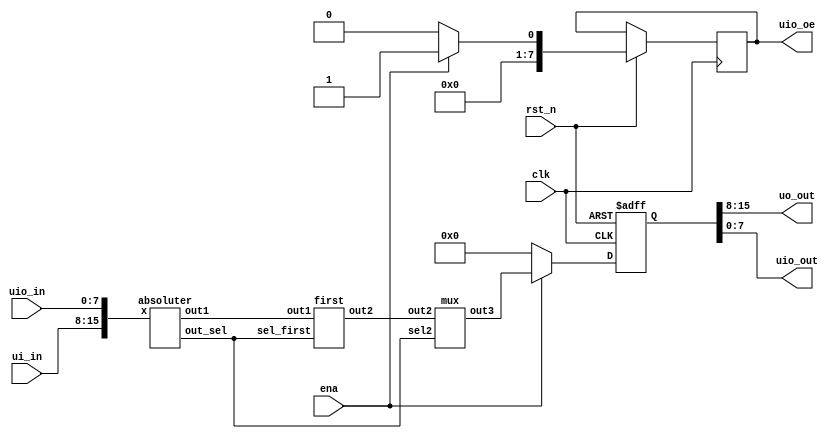

module tt_um_alipi_aprox_sigmoid (
    input  wire [7:0] ui_in,    // Dedicated inputs
    output wire [7:0] uo_out,   // Dedicated outputs
    input  wire [7:0] uio_in,   // IOs: Input path
    output wire [7:0] uio_out,  // IOs: Output path
    output wire [7:0] uio_oe,   // IOs: Enable path (active high: 0=input, 1=output)
    input  wire       ena,      // will go high when the design is enabled
    input  wire       clk,      // clock
    input  wire       rst_n     // reset_n - low to reset
);  

        wire [15:0] X = {ui_in,uio_in};
 
        
        reg [15:0] y;
        reg [7:0] z;



        wire [15:0] out1x;
 
        wire [15:0] out2x;
        wire [15:0] out3x;
        wire out_selx;
        
        absoluter a1 ( .x(X), .out1(out1x), .out_sel(out_selx) );
        first u1 (.out1(out1x),.sel_first(out_selx) ,.out2(out2x));
        mux u2 (.sel2(out_selx), .out2(out2x) ,.out3(out3x));


    always@(posedge clk or negedge rst_n)begin
        if(!rst_n)begin
            y <= 0;    
        end

        else begin
            if(ena ) begin y <= out3x; z<=1;end
            
            else begin y<= 0; z<=0;end
        end
    end

    
   
        assign uo_out = y[15:8];
        assign uio_out = y[7:0];
        assign uio_oe = z;

        

 

endmodule


module absoluter(input wire [15:0] x, output wire [15:0] out1, output wire out_sel);
    reg [15:0] x_1;
    reg [15:0] x_2;
    reg sel1;
    always@* begin
        if (x[15] == 1'b0)begin
            sel1 = 1'b1;
        end 

        else begin
            sel1 = 1'b0;
        end

        x_1 = x - 16'b00000001_00000000;
        x_2 = {~ x_1[15:8],x_1[7:0]};
    end
    assign out1 = sel1? x:x_2;
    assign out_sel = sel1;
endmodule

module first (input wire [15:0] out1, input wire sel_first, output wire [15:0] out2);

    reg [15:0] d;

    reg [15:0] f;
    reg [15:0] g;
    reg [15:0] h;

    // Calculate the value of x[15:8] outside the array indexing
 
    
    

    always @* begin
  
        d = {8'b00000000, out1[7:0]};
    
        f = d >> 2;

        if (sel_first == 1'b1) begin
            g = f + 16'b00000000_10000000;
        

        end

        else begin
            g = 16'b00000000_10000000 - f;


        end


        
        h = g >> out1[15:8];
    end

    assign out2 = h;
endmodule

module mux(input wire sel2, input wire [15:0] out2, output wire [15:0] out3);
    reg [15:0]  a;
    always @* begin
        
        a = 16'b00000001_00000000 - out2;
    end
    assign out3 = ~sel2? out2:a;
endmodule